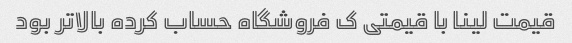
قیمت لینا با قیمتی ک فروشگاه حساب کرده بالاتر بود